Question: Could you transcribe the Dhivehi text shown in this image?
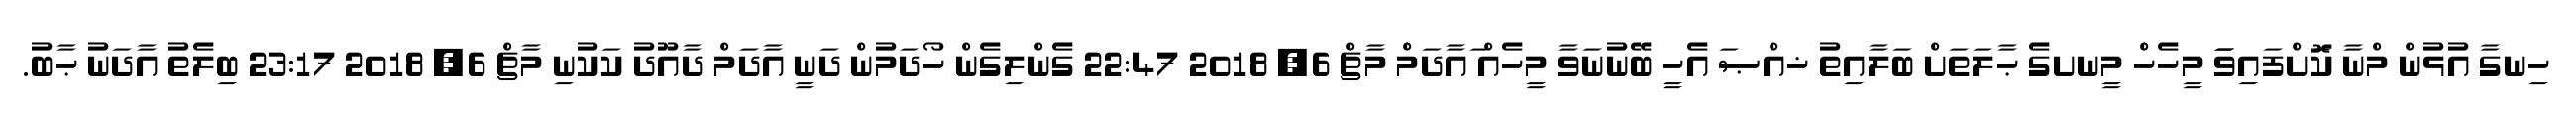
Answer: ހިނގާ އުޅުން މްނާ ކޮަށްފައިވަަ މީހެހް މީނށގެ ޙާލަތަށް ބަލާއިތު ޚއްޞަ އެހީ ބޭނުނަވާ މީހެއް ައާދަމް މާޗް 6, 2018 22:47 ގެންލިގެން ހޯދަމުން ދަނީ އާދަމް ދާއޫދު ކަކުނި މާޗް 6, 2018 23:17 ބިލެތު އާދަނު ޙާބު.